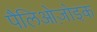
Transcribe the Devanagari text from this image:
पैलिओज़ोइक